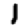
Digit: 1